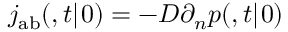
j _ { \mathrm { { a b } } } ( \r , t | \r _ { 0 } ) = - D \partial _ { n } p ( \r , t | \r _ { 0 } )